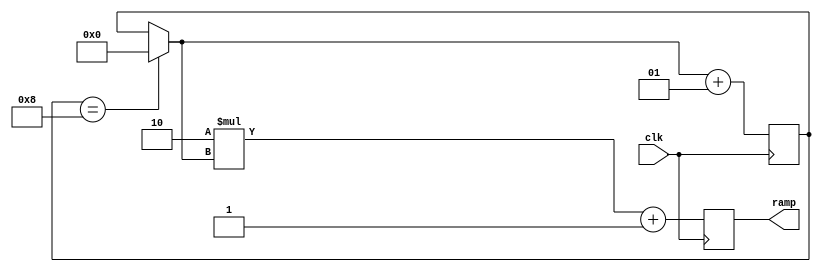
module st_ramp (input clk, output reg [7:0]ramp = 8'h00);
integer count = 0;
always@(posedge clk) begin
    if (count == 8) begin
        count = 0;
    end
    ramp <= 8'h02*(count) + 8'h01;
    count <= count+1;
end
    
endmodule